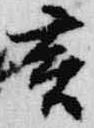
亥